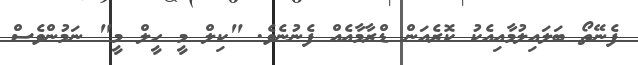
ފެނޭތޯ ބަލައިލުމާއިއެކު ކޮރެއަން ޑްރާމާއެއް ފެނުނެވެ. "ކިލް މީ ހީލް މީ" ނަމުންވެސް